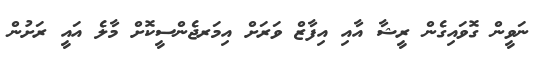
ނަވީން ގޮވައިގެން ރީޝާ އާއި އިފާޒް ވަރަށް އިމަރޖެންސީކޮށް މާލެ އައީ ރަށުން